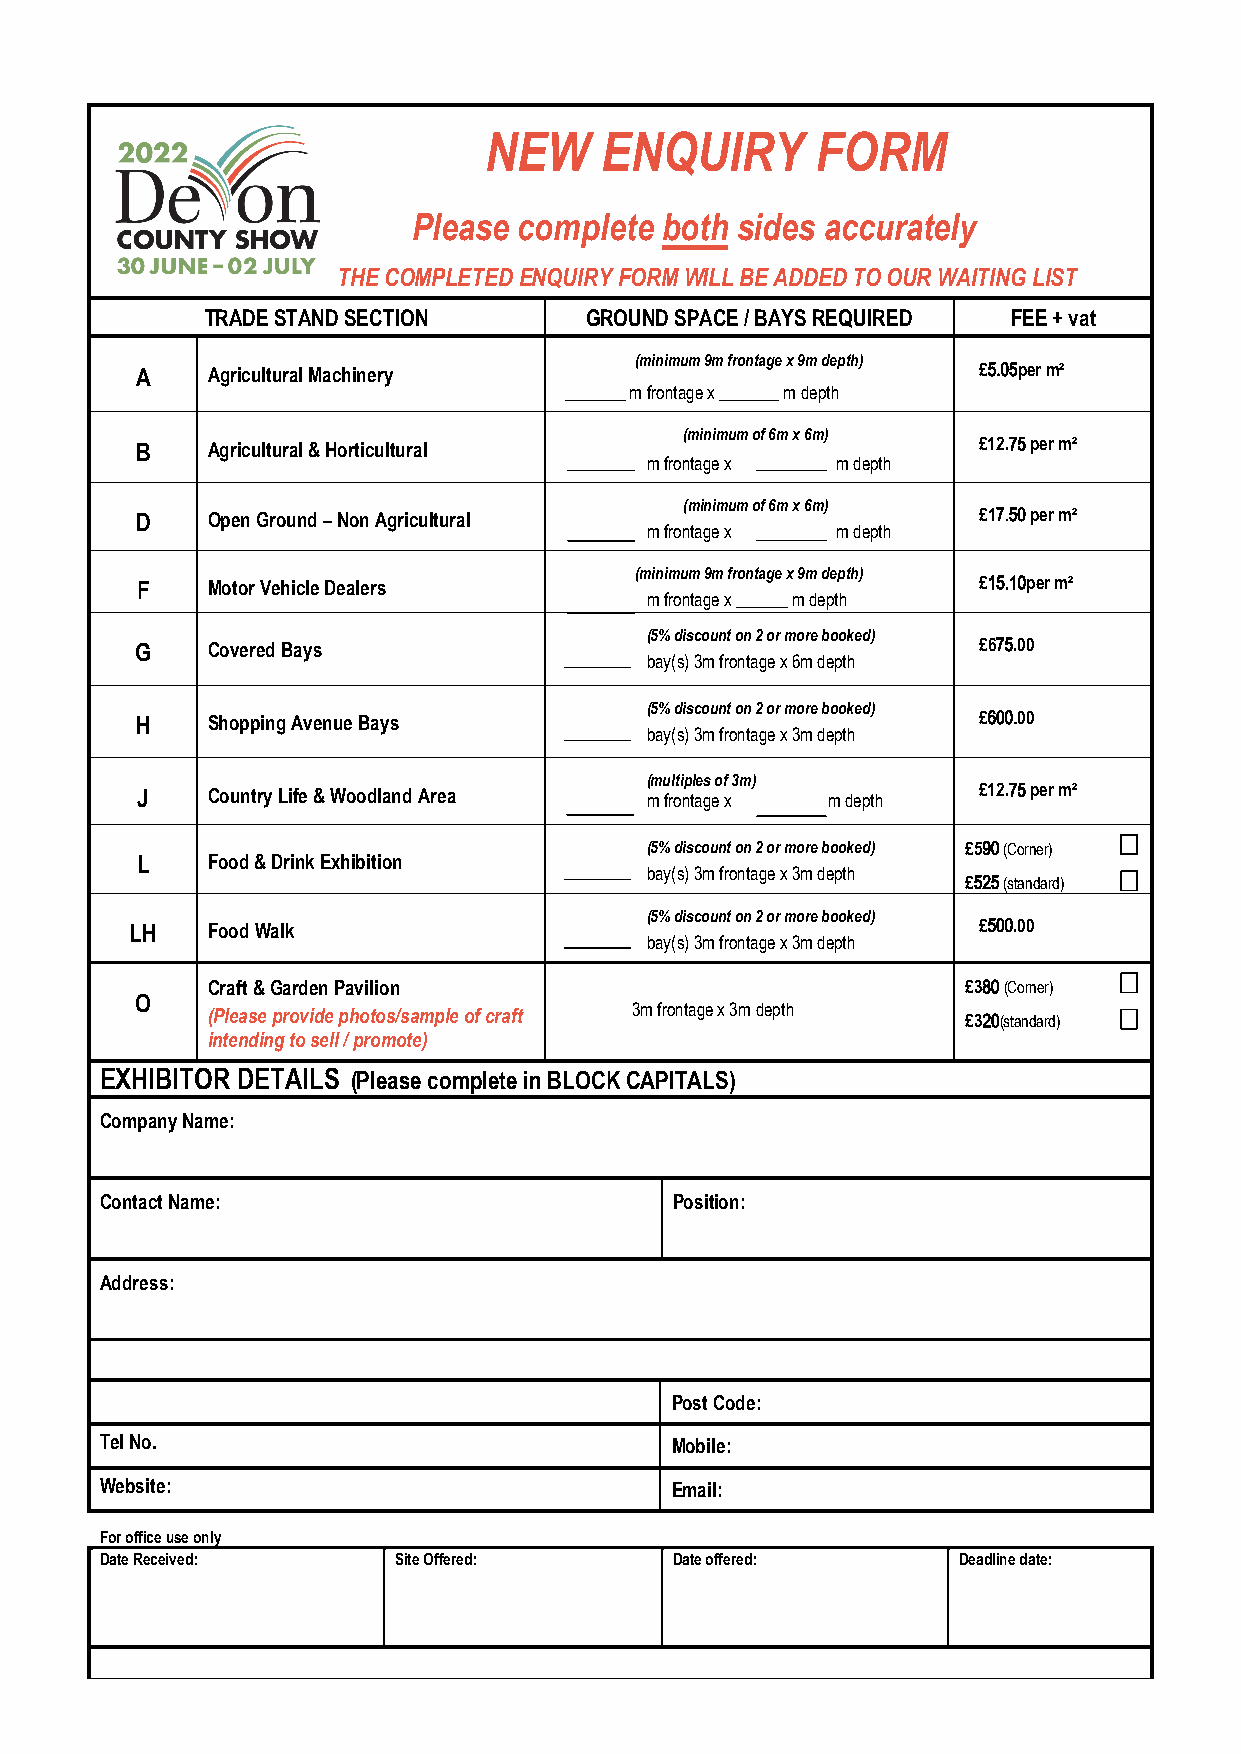
NEW     ENQUIRY       FORM
 Please complete  both sides accurately
 THE COMPLETED ENQUIRY FORM WILL BE ADDED TO OUR WAITING LIST
 TRADE STAND SECTION      GROUND SPACE / BAYS REQUIRED FEE + vat
 A    Agricultural Machinery
 (minimum 9m frontage x 9m depth)
 £5.05per m²
 _______ m frontage x _______ m depth
 B    Agricultural & Horticultural
 (minimum of 6m x 6m)
 £12.75 per m²
 m frontage x m depth
 D    Open Ground – Non Agricultural
 (minimum of 6m x 6m)
 £17.50 per m²
 m frontage x m depth
 F    Motor Vehicle Dealers
 (minimum 9m frontage x 9m depth)
 £15.10per m²
 m frontage x ______ m depth
 G    Covered Bays
 (5% discount on 2 or more booked)
 £675.00
 bay(s) 3m frontage x 6m depth
 H    Shopping Avenue Bays
 (5% discount on 2 or more booked)
 £600.00
 bay(s) 3m frontage x 3m depth
 J    Country Life & Woodland Area
 m(m u frl oti np tl ae gs
 e
 o f
 x
 3m)
 m depth   £12.75 per m²
 (5% discount on 2 or more booked) £590 (Corner)
 L    Food & Drink Exhibition
 bay(s) 3m frontage x 3m depth
 £525 (standard)
 (5% discount on 2 or more booked)
 LH   Food Walk                                          £500.00
 bay(s) 3m frontage x 3m depth
 Craft & Garden Pavilion                           £380 (Corner)
 O
 (Please provide photos/sample of craft 3m frontage x 3m depth £320(standard)
 intending to sell / promote)
 EXHIBITOR DETAILS (Please complete in BLOCK CAPITALS)
 Company Name:
 Contact Name:                         Position:
 Address:
 Post Code:
 Tel No.                              Mobile:
 Website:                             Email:
 For office use only
 Date Received:     Site Offered:      Date offered:     Deadline date: